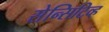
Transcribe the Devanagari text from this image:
सेन्सिटिव्ह